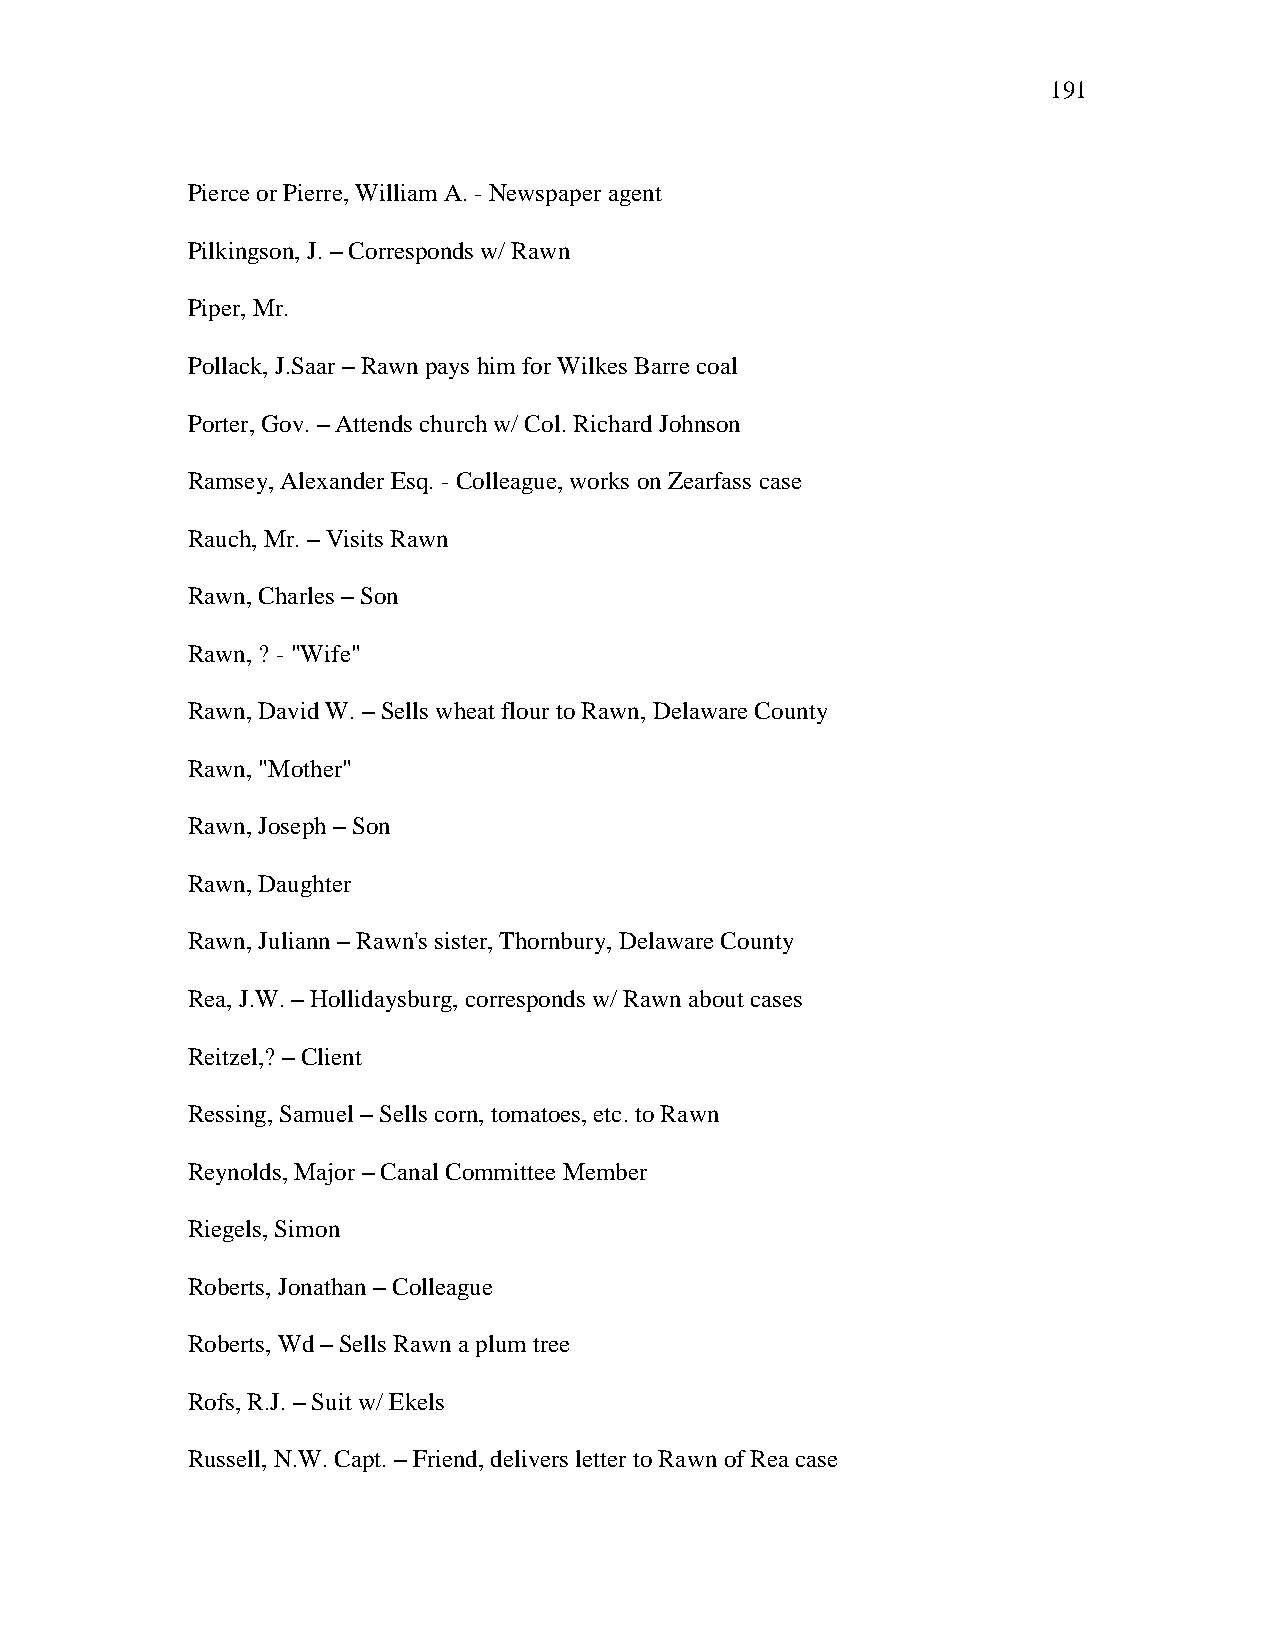
191
 Pierce or Pierre, William A. - Newspaper agent
 Pilkingson, J. – Corresponds w/ Rawn
 Piper, Mr.
 Pollack, J.Saar – Rawn pays him for Wilkes Barre coal
 Porter, Gov. – Attends church w/ Col. Richard Johnson
 Ramsey, Alexander Esq. - Colleague, works on Zearfass case
 Rauch, Mr. – Visits Rawn
 Rawn, Charles – Son
 Rawn, ? - "Wife"
 Rawn, David W. – Sells wheat flour to Rawn, Delaware County
 Rawn, "Mother"
 Rawn, Joseph – Son
 Rawn, Daughter
 Rawn, Juliann – Rawn's sister, Thornbury, Delaware County
 Rea, J.W. – Hollidaysburg, corresponds w/ Rawn about cases
 Reitzel,? – Client
 Ressing, Samuel – Sells corn, tomatoes, etc. to Rawn
 Reynolds, Major – Canal Committee Member
 Riegels, Simon
 Roberts, Jonathan – Colleague
 Roberts, Wd – Sells Rawn a plum tree
 Rofs, R.J. – Suit w/ Ekels
 Russell, N.W. Capt. – Friend, delivers letter to Rawn of Rea case